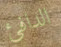
الدافئ